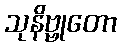
သုနိဗ္ဗုတော